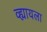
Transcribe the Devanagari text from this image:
व्ह्यायला